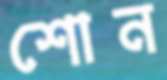
শোন